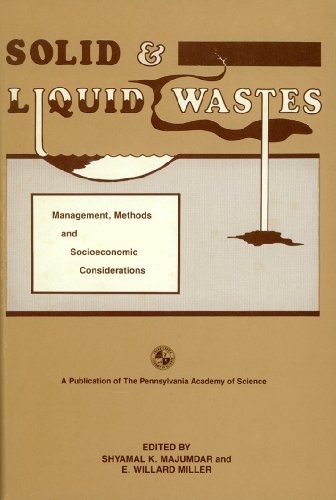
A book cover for Solid and Liquid Wastes: Management, Methods and Socioeconomic Considerations; Shyamal K. Majumdar; Science & Math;